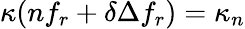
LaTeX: \kappa(nf_{r}+{\delta}\Delta f_{r})=\kappa_{n}